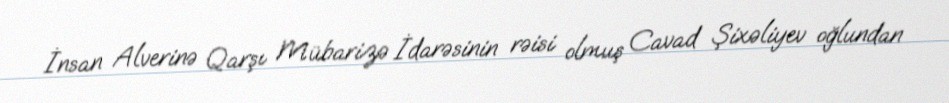
İnsan Alverinə Qarşı Mübarizə İdarəsinin rəisi olmuş Cavad Şixəliyev oğlundan